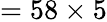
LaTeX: =58\times 5